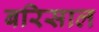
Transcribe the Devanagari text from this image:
बरिसाल